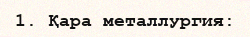
1. Қара металлургия: